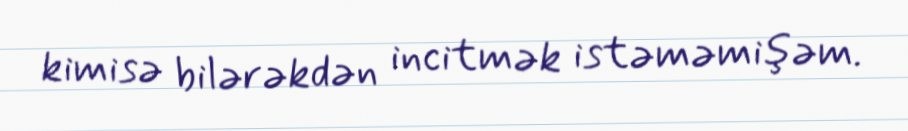
kimisə bilərəkdən incitmək istəməmişəm.